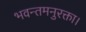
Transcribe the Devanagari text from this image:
भवन्तमनुरक्ता।